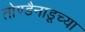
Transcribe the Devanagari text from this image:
तोण्डैनाडूच्या